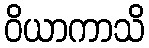
ဝိယာကာသိ